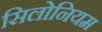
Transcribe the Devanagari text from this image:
सिलोनियम